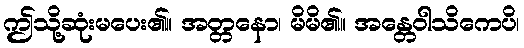
ဤသို့ဆုံးမပေး၏။ အတ္တနော၊ မိမိ၏။ အန္တေဝါသိကေပိ၊